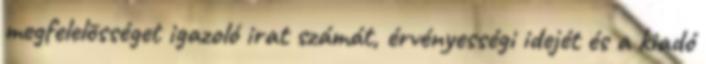
megfelelõsséget igazoló irat számát, érvényességi idejét és a kiadó